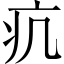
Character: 𤴪